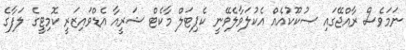
ނަމަވެސް ރާއްޖޭގައި ޞުކޫކުއެއް އެކުލަވާލެވޭނީ ކެޕިޓަލް މާކެޓް ޝަރީއާ އެޑްވައިޒަރީ ކޮމިޓީގެ ލަފާގެ